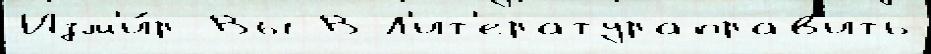
Изм'и́р Вы В Л'ит'ератураправ'ить